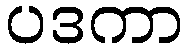
ပဒကာ